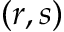
( r , s )